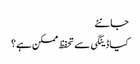
جانئے
کیا ڈینگی سے تحفظ ممکن ہے؟